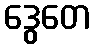
ဒွေတေ